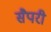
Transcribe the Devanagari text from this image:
सैपरी